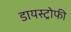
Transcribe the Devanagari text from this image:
डायस्ट्रोफी